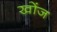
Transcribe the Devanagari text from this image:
खोंज